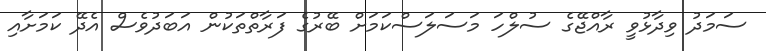
ސަމަދު ވިދާޅުވީ ރާއްޖޭގެ ސުލްހަ މަސަލަސްކަމަށް ބޭރުގެ ފަރާތްތަކުން އަބަދުވެސް އެދޭ ކަމަށާއި